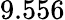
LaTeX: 9.556